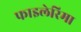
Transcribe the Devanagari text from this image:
फाइलेरिमा